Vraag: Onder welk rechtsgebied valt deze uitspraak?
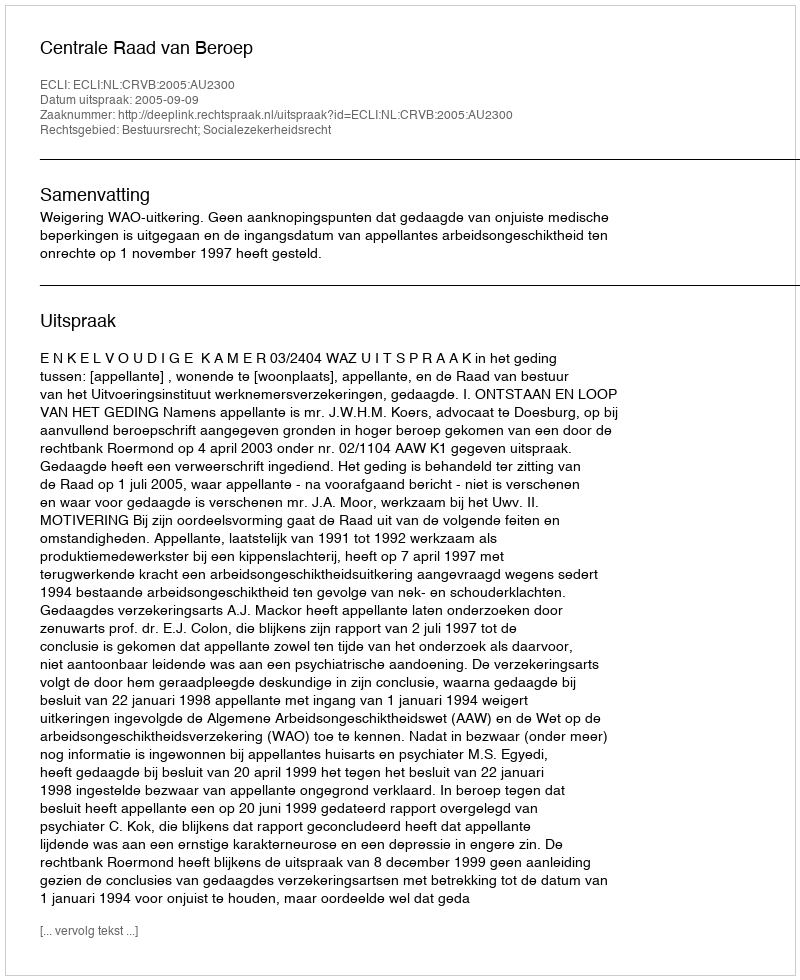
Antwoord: Bestuursrecht; Socialezekerheidsrecht